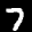
Label: 7